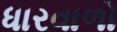
ધારવાળો